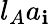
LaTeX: l_{A}a_{\mathbf{i}}